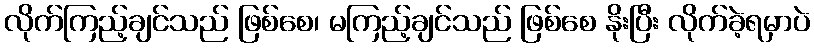
လိုက်ကြည့်ချင်သည် ဖြစ်စေ၊ မကြည့်ချင်သည် ဖြစ်စေ နိုးပြီး လိုက်ခဲ့ရမှာပဲ